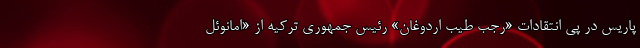
پاریس در پی انتقادات «رجب طیب اردوغان» رئیس جمهوری ترکیه از «امانوئل